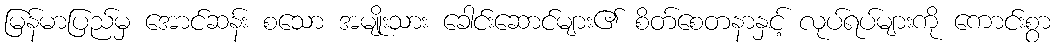
မြန်မာပြည်မှ အောင်ဆန်း စသော အမျိုးသား ခေါင်းဆောင်များ၏ စိတ်စေတနာနှင့် လုပ်ရပ်များကို ကောင်းစွာ